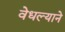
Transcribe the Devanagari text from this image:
वेधल्याने